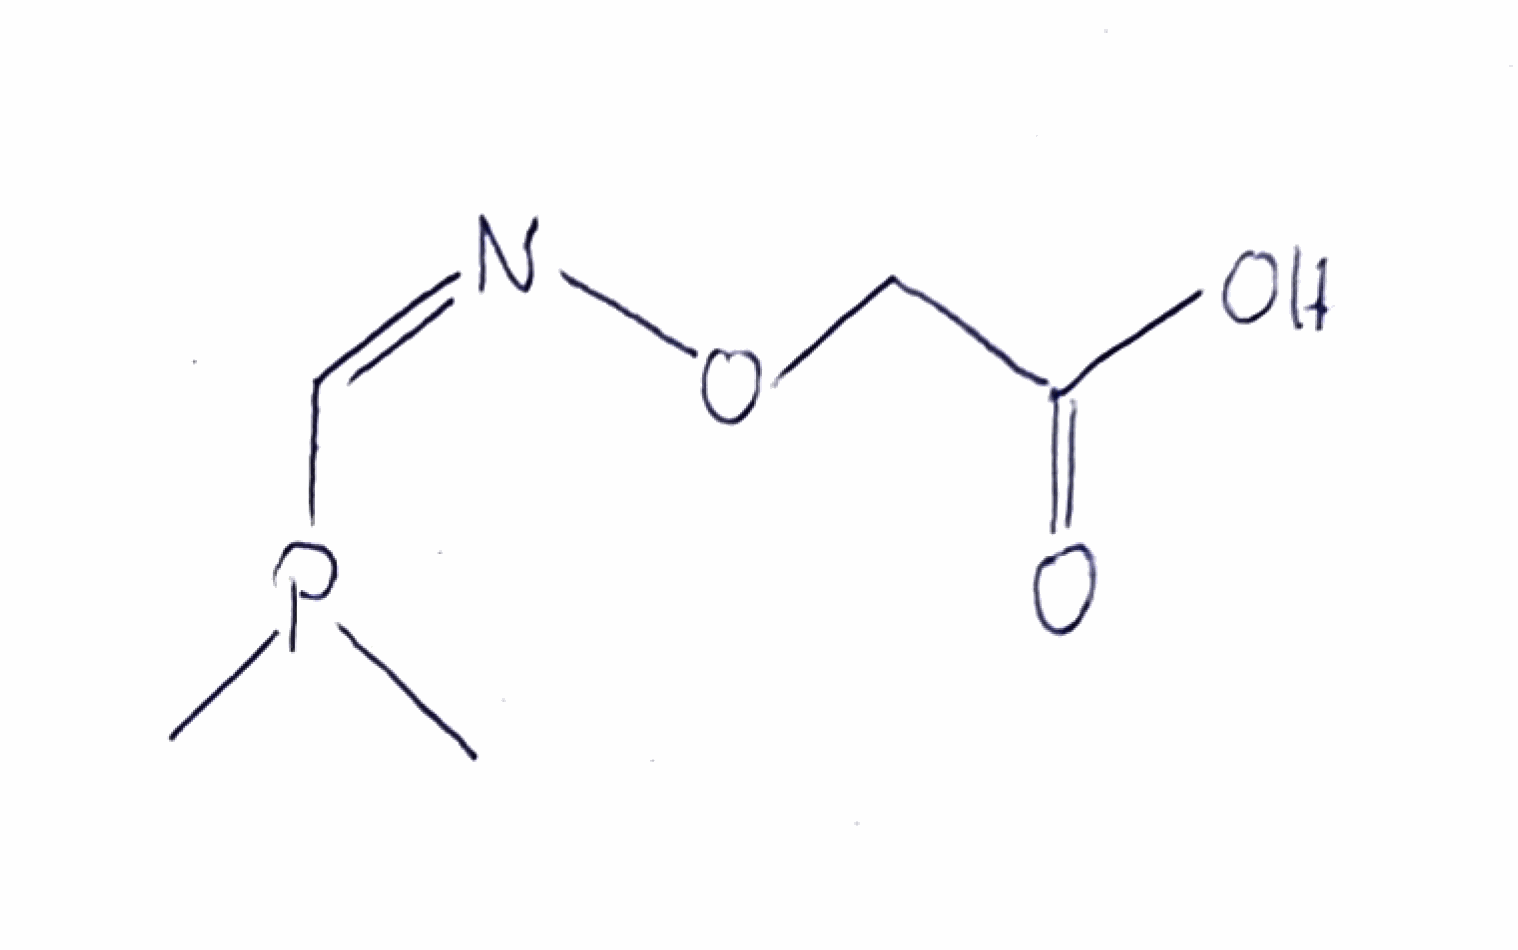
Simplified molecular-input line-entry system (SMILES) notation of the given molecule:
CP(C)/C=N\OCC(=O)O